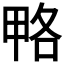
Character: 𰣆